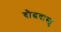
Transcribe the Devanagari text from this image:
बौद्धवास्तु